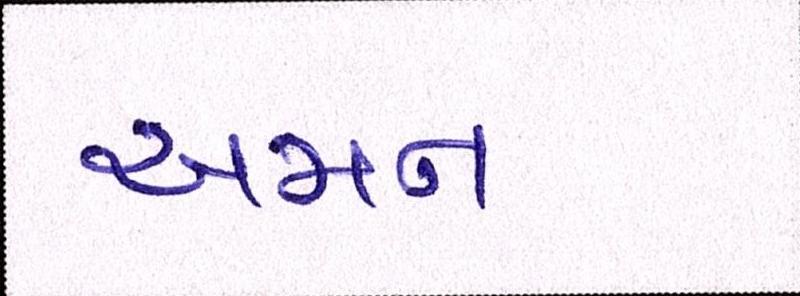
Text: અમન